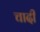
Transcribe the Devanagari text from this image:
चादी